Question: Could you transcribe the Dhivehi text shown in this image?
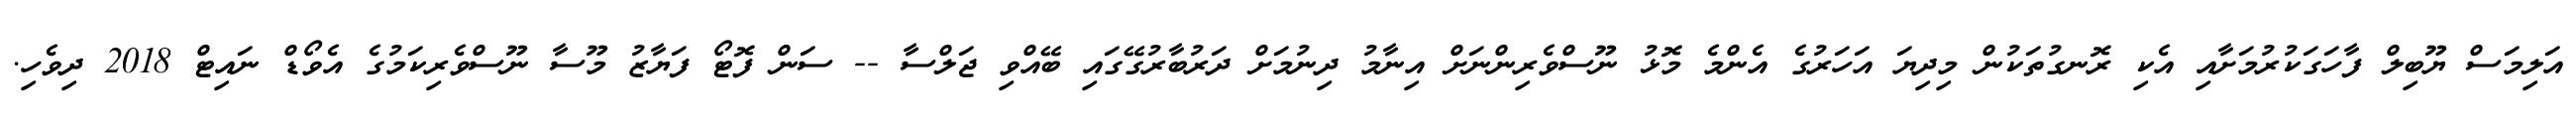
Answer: އަލިމަސް ޔޫބިލް ފާހަގަކުރުމަށާއި އެކި ރޮނގުތަކުން މިދިޔަ އަހަރުގެ އެންމެ މޮޅު ނޫސްވެރިންނަށް އިނާމު ދިނުމަށް ދަރުބާރުގޭގައި ބޭއްވި ޖަލްސާ -- ސަން ފޮޓޯ ފަޔާޒު މޫސާ ނޫސްވެރިކަމުގެ އެވޯޑް ނައިޓް 2018 ދިވެހި.